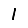
Digit: 1